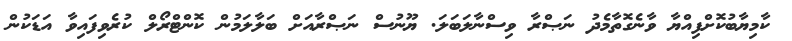
ކާމިޔާބުކޮށްފިއްޔާ ވާނެގޮތާމެދު ނަޞްރާ ވިސްނާލަބަލަ. ޔޫނުސް ނަޞްރާއަށް ބަލާލަމުން ކޮންޓްރޯލް ކުރެވިފައިވާ އަޑަކުން